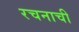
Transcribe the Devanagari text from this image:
रचनाची